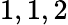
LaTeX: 1,1,2